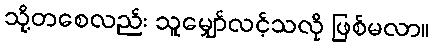
သို့တစေလည်း သူမျှော်လင့်သလို ဖြစ်မလာ။